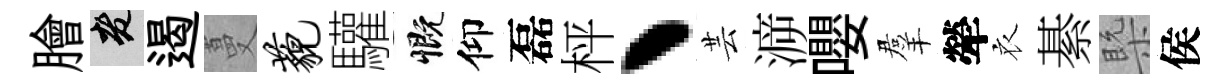
膾老遏蔓藐驩慨仰磊枰丶芸㴑嚶羣犖衣綦槩侯